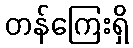
တန်ကြေးရှိ